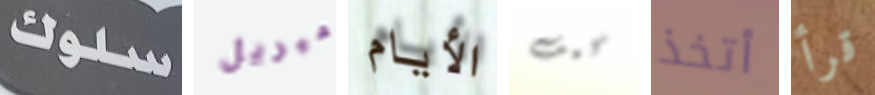
سلوك ميريل الأيام كيف أتخذ قرأ